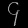
Digit: ၄